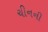
ચીનની